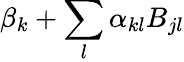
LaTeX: \beta_{k}+\sum_{l}\alpha_{kl}B_{jl}